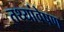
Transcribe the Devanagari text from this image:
तथ्यांवेषण